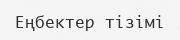
Еңбектер тізімі